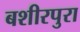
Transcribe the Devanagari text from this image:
बशीरपुरा